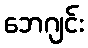
ဘေဂျင်း